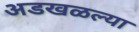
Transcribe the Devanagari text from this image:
अडखळल्या